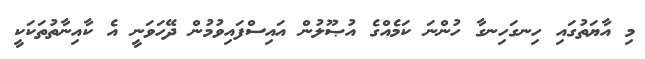
މި އާޔަތުގައި ހިނގަހިނގާ ހުންނަ ކަމެއްގެ އުޞޫލުން އައިސްފައިވުމުން ދޭހަވަނީ އެ ކާއިނާތުތަކަކީ